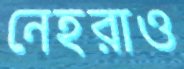
নেহরাও